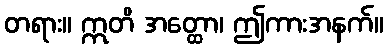
တရား။ ဣတိ အတ္ထော၊ ဤကားအနက်။